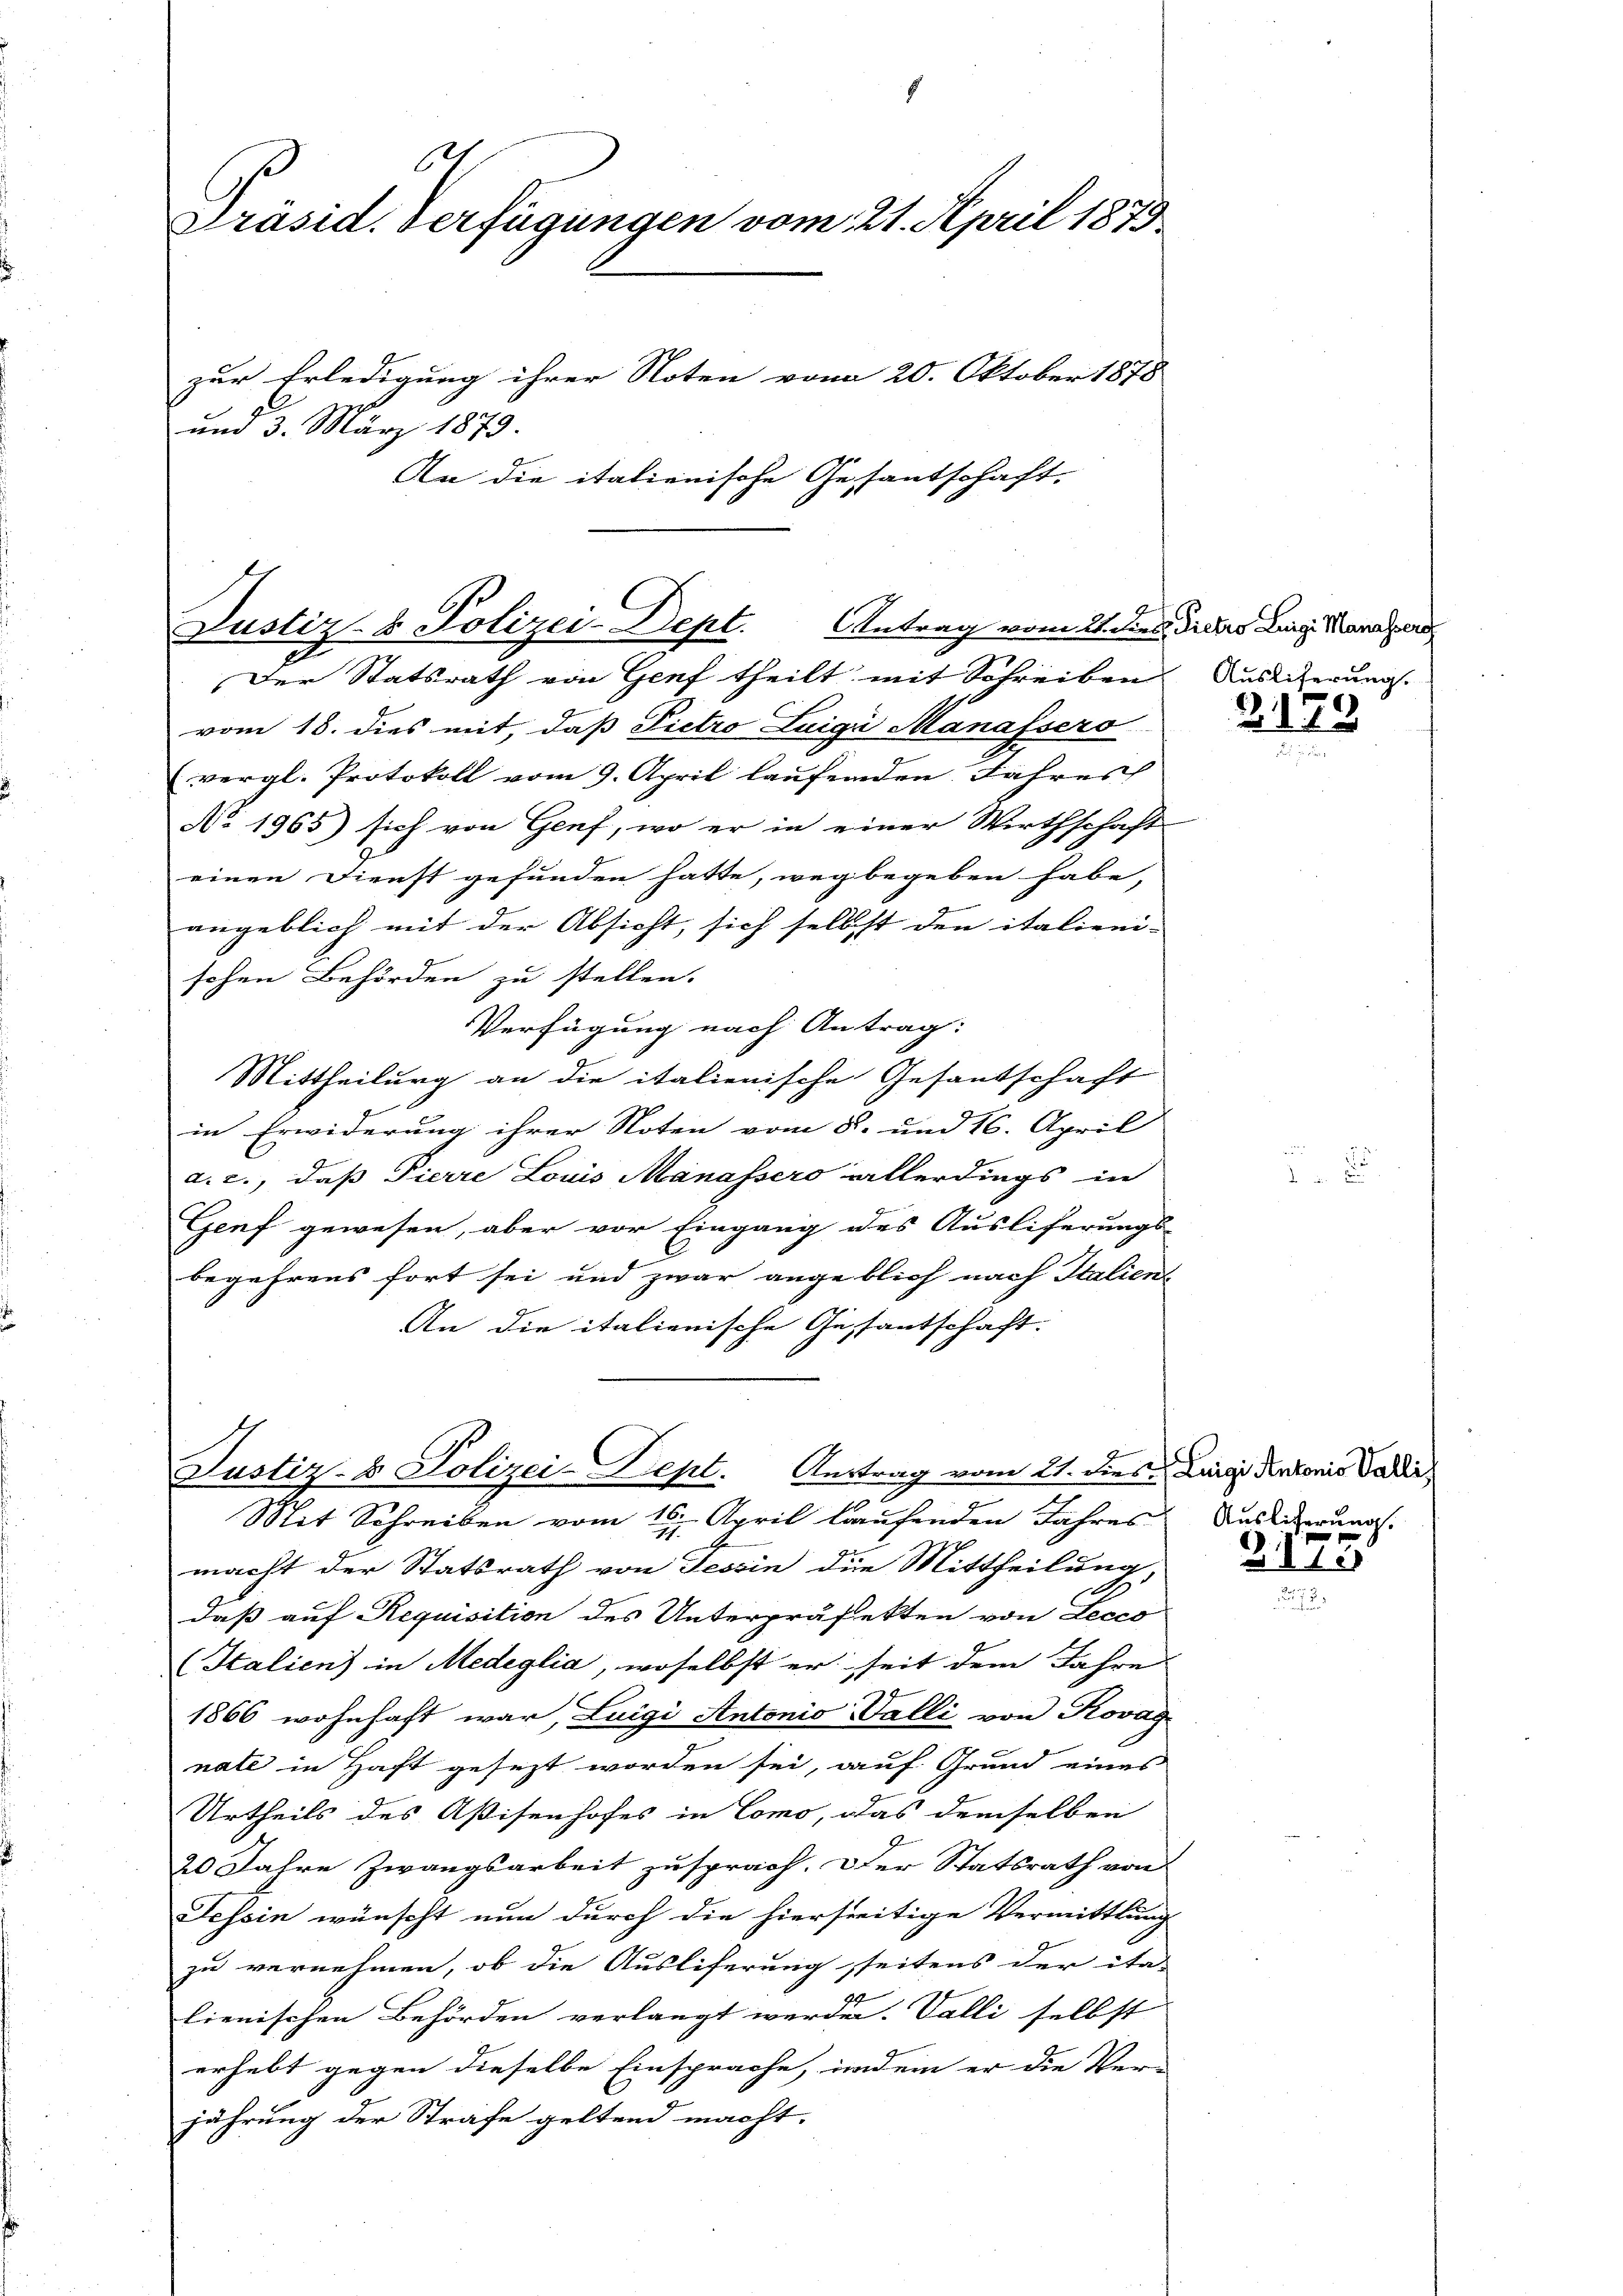
121
Präsid. Verfügungen vom 21. April 1879
zur Erledigung ihrer Noten vom 20. Oktober 1878
und 3. März 1879.
An die italienische Gesantschaft.

b.
Justiz- & Polizei-Dept.

Antrag vom 21. dies Dietro Luigi Manassers
Der Statsrath von Genf theilt mit Schreiben Auslicherung
vom 18. dies mit, daß Pietro Luigi Manassero
vergl. Protokoll vom 9. April laŭfenden Jahres
No 1965) sich von Genf, wo er in einer Wirthschaft
einen Dienst gefunden hatte, weg begeben habe,
angeblich mit der Absicht, sich selbst den italieni-
schen Behörden zu stellen.
Verfügung nach Antrag:
Mittheilung an die italienische Gesantschaft
in Erwiderung ihrer Noten vom 8. und 16. April
a. c., daß Pierre Louis Manassero allerdings in
Genf gewesen, aber vor Eingang des Ausliferungs-
begehrens fort sei und zwar angeblich nach Italient
An die italienische Gestantschaft.
Justiz- & Polizei-Dept. Austrag vom 21. dies Luigi der konis Vadir
Mit Schreiben vom 16. April laufenden Jahres
macht der Statsrath von Tessin die Mittheilung,
daß auf Requisition des Unterpräfekten von Loses
Italien) in Medeglia, woselbst er seit dem Jahre
1866 wohnhaft war, Luigi Antonio Valli von Kovag
nate in Haft gesezt worden sei, auf Grund eines
Urtheils des Aßisenhofes in Como, das demselben
20 Jahre Zwangsarbeit zusprach. Der Statsrath von
Tessin wünscht nun durch die hierseitige Vermittlung
zu vernehmen, ob die Ausliferung seitens der ita-
lienischen Behörden verlangt werden. Valli selbst
erhebt gegen dieselbe Einsprache, indem er die Ver-
jährung der Strafe geltend macht.

3. 173.

Auslieferung.

2175